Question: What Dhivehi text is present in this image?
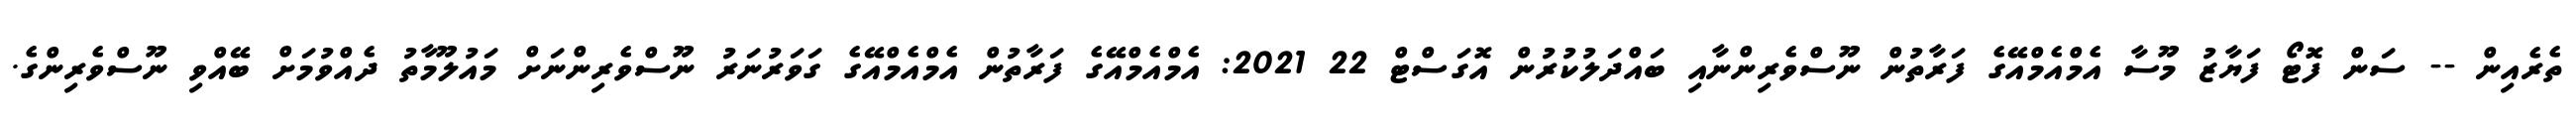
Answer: ތެރެއިން -- ސަން ފޮޓޯ ފަޔާޒު މޫސާ އެމްއެމްއޭގެ ފަރާތުން ނޫސްވެރިންނާއި ބައްދަލުކުރުން އޮގަސްޓް 22 2021: އެމްއެމްއޭގެ ފަރާތުން އެމްއެމްއޭގެ ގަވަރުނަރު ނޫސްވެރިންނަށް މައުލޫމާތު ދެއްވުމަށް ބޭއްވި ނޫސްވެރިންގެ.